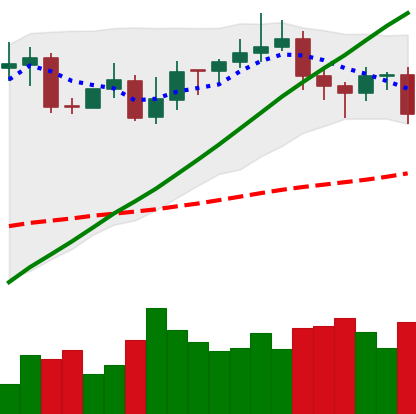
Ticker: XMR-USD
Chart end date: 2020-11-02
Forward return: -6.25%
Label: down_5_7